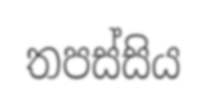
තපස්සිය